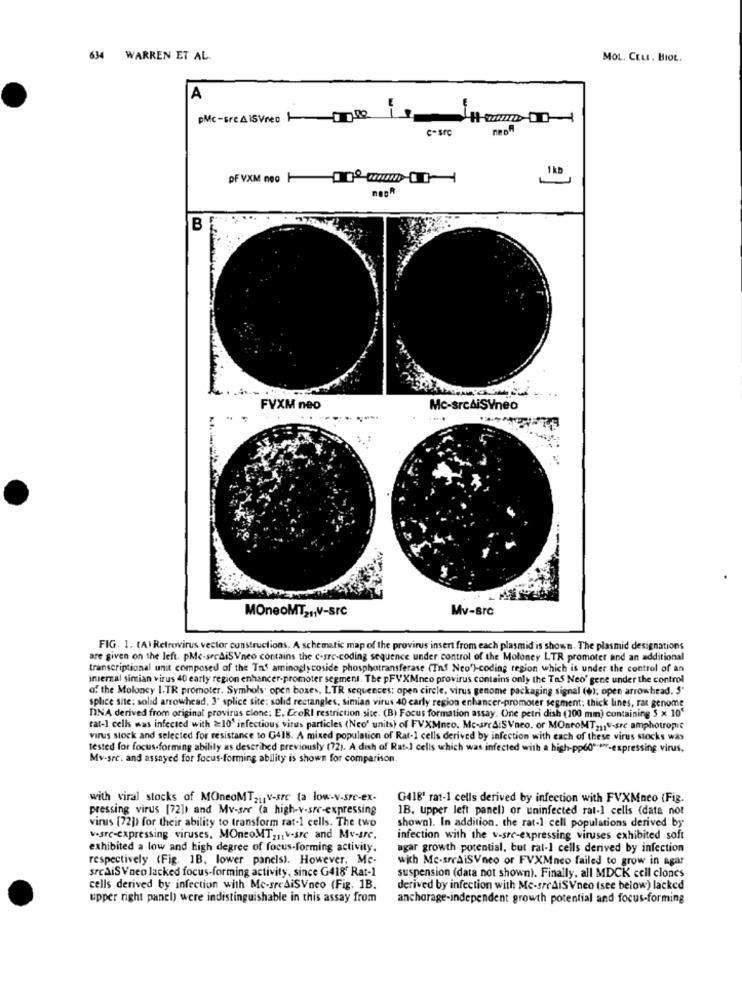
634 WARREN ET AL.
MOL. CELL. BIOL.
A
c-src
PF VXM neo-17-
1kb
FVXM neo
Mc-srcAiSYneo
MOneoMT2 ,, V-SIC
Mv-src
FIG. 1. (A) Retrovirus vector constructions. A schematic map of the provirus insert from each plasmid is shown. The plasmid designations
are given on the left. pMc-srediSVneo contains the c.sre-coding sequence under control of the Moloney LTR promoter and an additional
transcriptional unit composed of the Tas aminoglycoside phosphotransferase (Inf Neo')-coding region which is under the control of an
iniemal simian virus 40 early region enhancer-promoter segment. The pFVXMnco provirus contains only the Tas Neo' gene under the control
of the Moloney I.TR promoter. Symbols' open boxes, LTR sequences: open circle, virus genome packaging signal (o); open arrowhead. 5"
splice site: solid arrowhead, 3º splice site: solid rectangles, simian virus 40 carly region enhancer-promoter segment; thick lines, rat genome
DINA derived from original provirus clone: E. CcoRI restriction site. (B) Focus formation assay. One petri dish (200 mm) containing 5 x 10'
rat-] cells was infected with >10' infectious virus particles (Neo" units) of FVXMneo. Mc-src&ISVneo. or MOntoMT211 V-sre amphotropic
virus stock and selected for resistance to G418. A mixed population of Rat-1 cells derived by infection with each of these virus stocks was
tested for focus-forming ability as described previously (72). A dish of Rat-] cells which was infected with a high-pp60 ***- expressing virus,
Mv-src. and assayed for focus-forming ability is shown for comparison.
with viral stocks of MOneoMT211V-src (a low-v-src-ex-
G416' rat-1 cells derived by infection with FVXMneo (Fig.
pressing virus [72]) and Mv-sac (a high-v-src-expressing
1B. upper left panel) or uninfected rat-1 cells (data not
virus (72]) for their ability to transform rat-1 cells. The two
shown). In addition. the rat-1 cell populations derived by
v.sre-expressing viruses, MOneoMT2 ,, v-sre and Mv-src.
infection with the v-sre-expressing viruses exhibited soft
exhibited a low and high degree of focus-forming activity.
agar growth potential, but ral-1 cells derived by infection
respectively (Fig. 1B, lower panels). However, Me-
wich Mc-sreaisVneo or FVXMneo failed to grow in agar
srediSVneo lacked focus-forming activity, since G418' Rat-1
suspension (data not shown). Finally, all MDCK ccil clones
cells derived by infection with Me-srediSVneo (Fig. 1B.
derived by infection with Me-srrAiSVneo (see below) lacked
upper right panel) were indistinguishable in this assay from
anchorage-independent growth potential and focus-forming